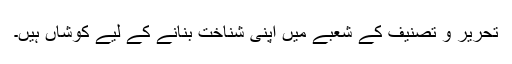
تحریر و تصنیف کے شعبے میں اپنی شناخت بنانے کے لیے کوشاں ہیں۔